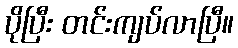
ပိုပြီး တင်းကျပ်လာပြီ။